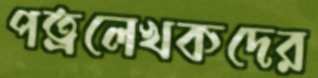
পত্রলেখকদের